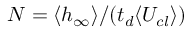
N = \langle h _ { \infty } \rangle / ( t _ { d } \langle U _ { c l } \rangle )